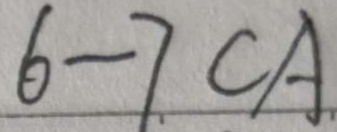
6 - 7 C A